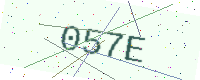
Text: 057E